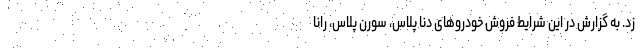
زد. به گزارش در این شرایط فروش خودروهای دنا پلاس، سورن پلاس، رانا